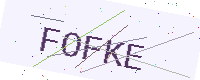
Text: FOFKE